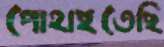
পোহাইতেছি